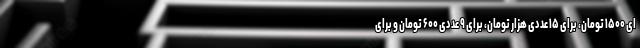
ای ۱۵۰۰ تومان، برای ۱۵ عددی هزار تومان، برای ۹ عددی ۶۰۰ تومان و برای